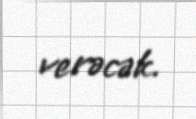
verəcək.